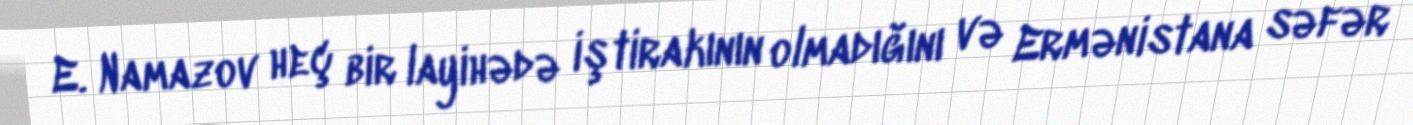
E. Namazov heç bir layihədə iştirakının olmadığını və Ermənistana səfər